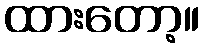
ထားတော့။